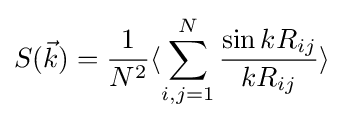
S({\vec {k}})={\frac {1}{N^{2}}}\langle \sum _{i,j=1}^{N}{\frac {\sin kR_{ij}}{kR_{ij}}}\rangle